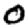
Digit: 0